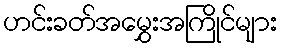
ဟင်းခတ်အမွှေးအကြိုင်များ